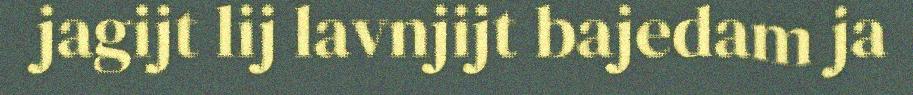
jagijt lij lavnjijt bajedam ja